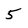
Character: 5